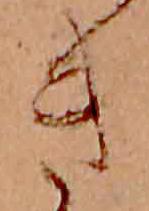
き